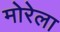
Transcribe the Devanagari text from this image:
मोरेला